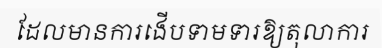
ដែលមានការងើបទាមទារឱ្យតុលាការ